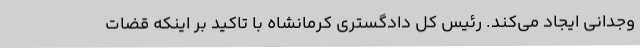
وجدانی ایجاد می‌کند. رئیس کل دادگستری کرمانشاه با تاکید بر اینکه قضات